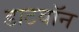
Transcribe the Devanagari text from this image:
डाटवॉन